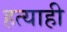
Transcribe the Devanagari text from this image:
हत्याही